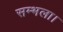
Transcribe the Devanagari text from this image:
सम्भला।